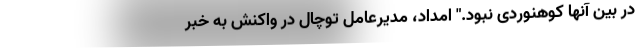
در بین آنها کوهنوردی نبود." امداد، مدیرعامل توچال در واکنش به خبر